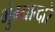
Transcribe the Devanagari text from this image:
भुंग्याव्दारे